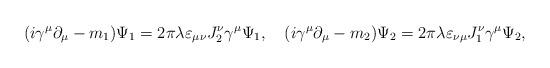
LaTeX: \begin{align*}(i\gamma ^{\mu }\partial _{\mu }-m_{1})\Psi _{1}=2\pi \lambda \varepsilon_{\mu \nu }J_{2}^{\nu }\gamma ^{\mu }\Psi _{1},\quad (i\gamma ^{\mu}\partial _{\mu }-m_{2})\Psi _{2}=2\pi \lambda \varepsilon _{\nu \mu}J_{1}^{\nu }\gamma ^{\mu }\Psi _{2}, \end{align*}